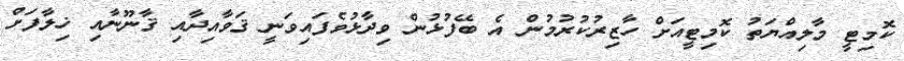
ކޮމިޓީ މާލިއްޔަތު ކޮމިޓީއަށް ހާޒިރުކުރުމުން އެ ބޭފުޅުން ވިދާޅުވެފައިވަނީ ޤަވާއިދާއި ޤާނޫނާއި ޚިލާފަށް